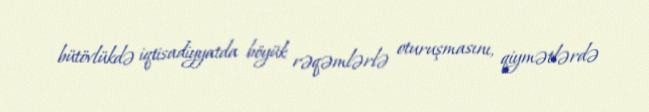
bütövlükdə iqtisadiyyatda böyük rəqəmlərlə oturuşmasını, qiymətlərdə